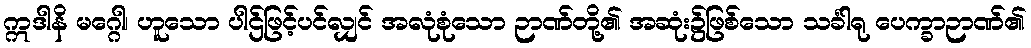
ဣဒါနိ မဂ္ဂေါ၊ ဟူသော ပါဌ်ဖြင့်ပင်လျှင် အလုံစုံသော ဉာဏ်တို့၏ အဆုံး၌ဖြစ်သော သင်္ခါရု ပေက္ခာဉာဏ်၏